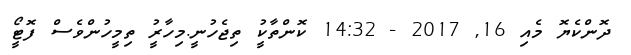
ދޮންކެޔޮ މެއި 16